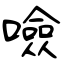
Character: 噞